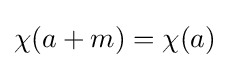
\chi (a+m)=\chi (a)